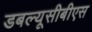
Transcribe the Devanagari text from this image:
डबल्यूसीबीएस